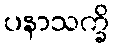
ပနာသက္ခိ